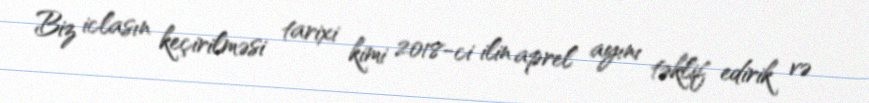
Biz iclasın keçirilməsi tarixi kimi 2018-ci ilin aprel ayını təklif edirik və